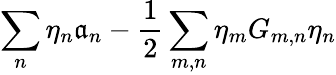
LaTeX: \sum_{n}\eta_{n}\mathfrak{a}_{n}-\frac{{1}}{{2}}\sum_{m,n}\eta_{m}G_{m,n}\eta_{n}